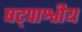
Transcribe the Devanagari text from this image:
षट्पाश्वीय